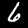
Label: 6